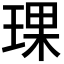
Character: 𬍯